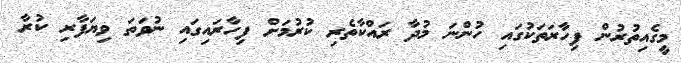
މީގެއިތުރުން ފިހާރަތަކުގައި ހުންނަ މުދާ ރައްކާތެރި ކުރުމަށް ފިހާރައިގައި ނުވަތަ ވިޔަފާރި ކުރާ